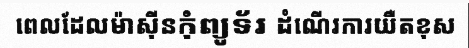
ពេលដែលម៉ាស៊ីនកុំព្យូទ័រ ដំណើរការយឺតខុស